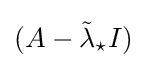
(A-{\tilde {\lambda }}_{\star }I)